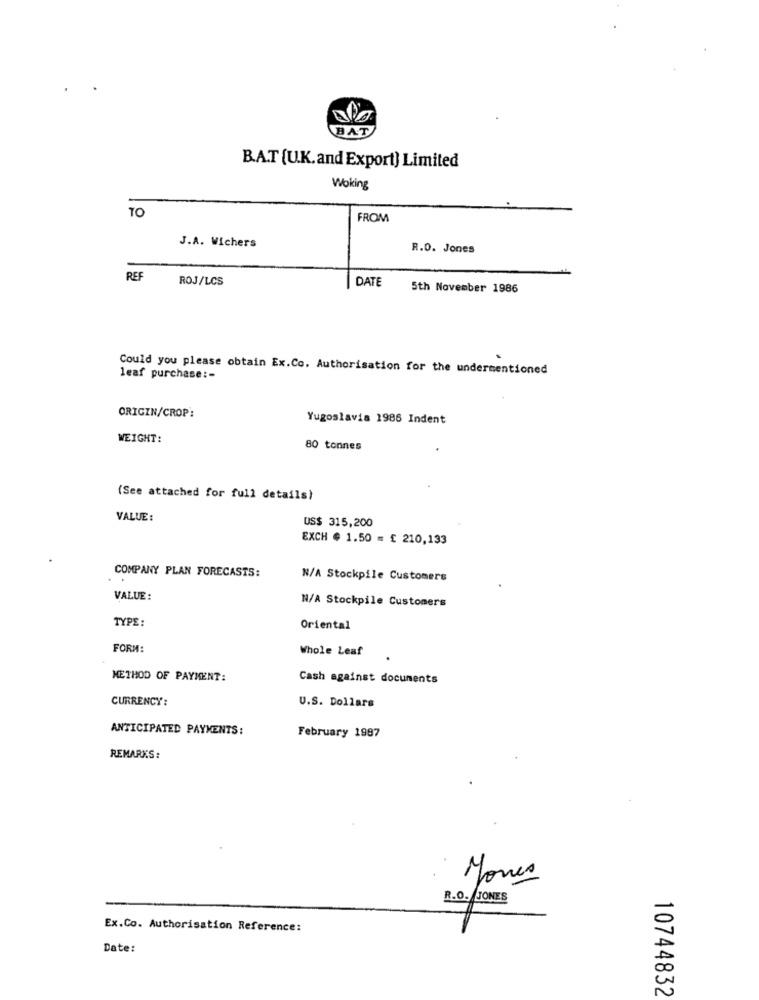
BAT
B.A.T [U.K.and Export) Limited
Woking
TO
FROM
J.A. Wichers
R.O. Jones
REF
ROJ/LCS
DATE
5th November 1986
Could you please obtain Ex.Co. Authorisation for the undermentioned
leaf purchase :-
ORIGIN/CROP:
Yugoslavia 1986 Indent
WEIGHT:
80 tonnes
(See attached for full details)
VALUE :
US$ 315,200
EXCH @ 1.50 = £ 210,133
COMPANY PLAN FORECASTS:
N/A Stockpile Customers
VALUE :
N/A Stockpile Customers
TYPE:
Oriental
FORM:
Whole Leaf
METHOD OF PAYMENT:
Cash against documents
CURRENCY:
U.S. Dollars
ANTICIPATED PAYMENTS:
February 1997
REMARKS:
Jones
R.O. JONES
Ex.Co. Authorisation Reference:
Date:
10744832